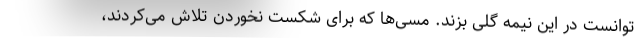
توانست در این نیمه گلی بزند. مسی‌ها که برای شکست نخوردن تلاش می‌کردند،